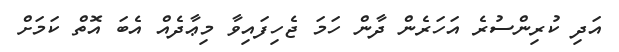
އަދި ކުރިންސުރެ އަހަރެން ދާން ހަމަ ޖެހިފައިވާ މިޢާދެއް އެބަ އޮތް ކަމަށް